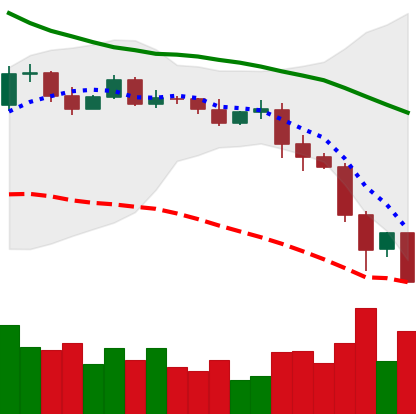
Ticker: EOS-USD
Chart end date: 2019-11-24
Forward return: 14.174%
Label: up_7plus